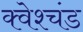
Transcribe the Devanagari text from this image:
क्वेश्चंड